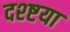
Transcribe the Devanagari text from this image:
दश्ष्टया